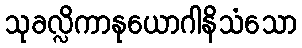
သုခလ္လိကာနုယောဂါနိသံသော